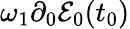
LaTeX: \omega_{1}\partial_{0}\mathcal{E}_{0}(t_{0})